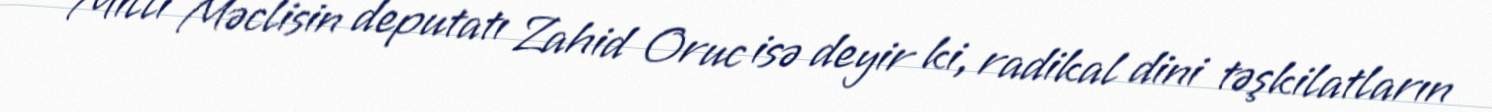
Milli Məclisin deputatı Zahid Oruc isə deyir ki, radikal dini təşkilatların